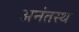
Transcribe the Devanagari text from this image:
अनंतस्थ